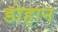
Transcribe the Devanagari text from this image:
डोहान